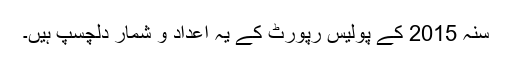
سنہ 2015 کے پولیس رپورٹ کے یہ اعداد و شمار دلچسپ ہیں۔